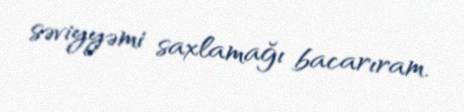
səviyyəmi saxlamağı bacarıram.